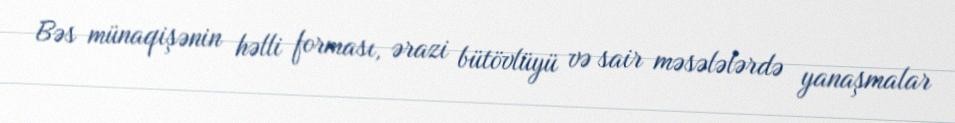
Bəs münaqişənin həlli forması, ərazi bütövlüyü və sair məsələlərdə yanaşmalar